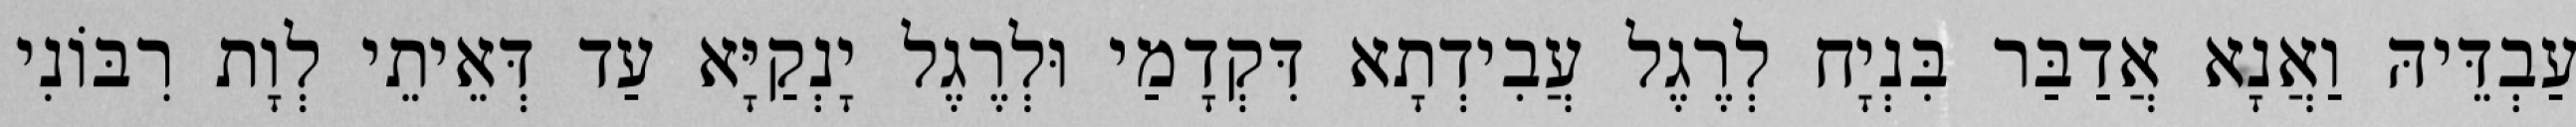
עַבְדֵּיהּ וַאֲנָא אֲדַבַּר בִּנְיָח לְרֶגֶל עֲבִידְתָא דִּקְדָמַי וּלְרֶגֶל יָנְקַיָּא עַד דְּאֵיתֵי לְוָת רִבּוֹנִי